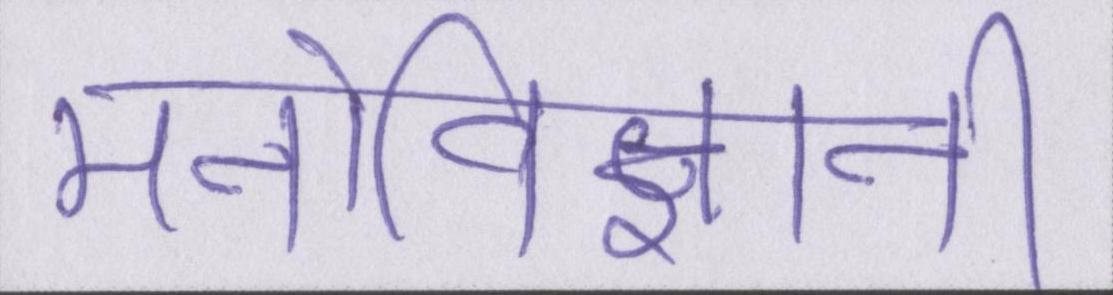
मनोविज्ञानी